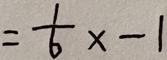
= \frac { 1 } { 6 } x - 1